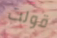
قولت